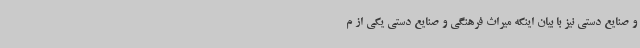
و صنایع دستی نیز با بیان اینکه میراث فرهنگی و صنایع دستی یکی از م